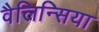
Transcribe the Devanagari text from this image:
वैलिन्सिया